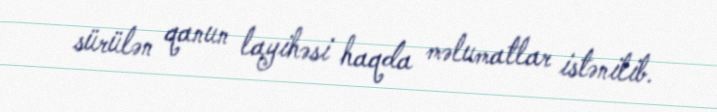
sürülən qanun layihəsi haqda məlumatlar istənilib.